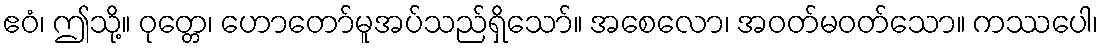
ဧဝံ၊ ဤသို့။ ဝုတ္တေ၊ ဟောတော်မူအပ်သည်ရှိသော်။ အစေလော၊ အဝတ်မဝတ်သော။ ကဿပေါ၊